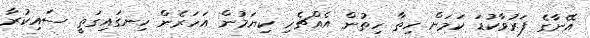
އޭނާގެ ފަރުވާކުޑަ ކަމަށް ހިތާ ހިތުން އެއްޗެހި ކިޔަމުން އަހަރެން ހިނގައިގަތީ ސައިކުރާ